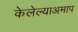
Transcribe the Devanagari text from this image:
केलेल्याअमाप